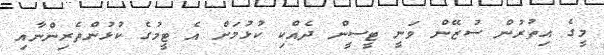
މީގެ އިތުރުން ސުޒޭން ވަނީ ޓީސީން ދެއްކި ކުޅުމަށް އެ ޓީމުގެ ކުޅުންތެރިންނާއި